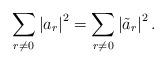
LaTeX: \begin{align*}\sum_{r\neq 0}\left\vert a_{r}\right\vert ^{2}=\sum_{r\neq 0}\left\vert \tilde{a}_{r}\right\vert ^{2}.\end{align*}